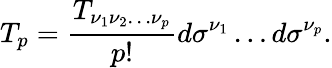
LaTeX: T_{p}={\frac{T_{\nu_{1}\nu_{2}\ldots\nu_{p}}}{p!}}d\sigma^{\nu_{1}}\ldots d\sigma^{\nu_{p}}.